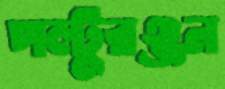
পল্টুরঞ্জন